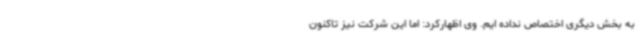
به بخش دیگری اختصاص نداده ایم. وی اظهارکرد: اما این شرکت نیز تاکنون